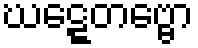
ဃဋ္ဋေတဗ္ဗော